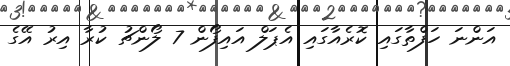
އަންނަ ހަފްތާގައި ކޮރެއާގައި އެޕަލް އައިފޯން 7 ލޯންޗު ކުރާ އިރު އޭގެ